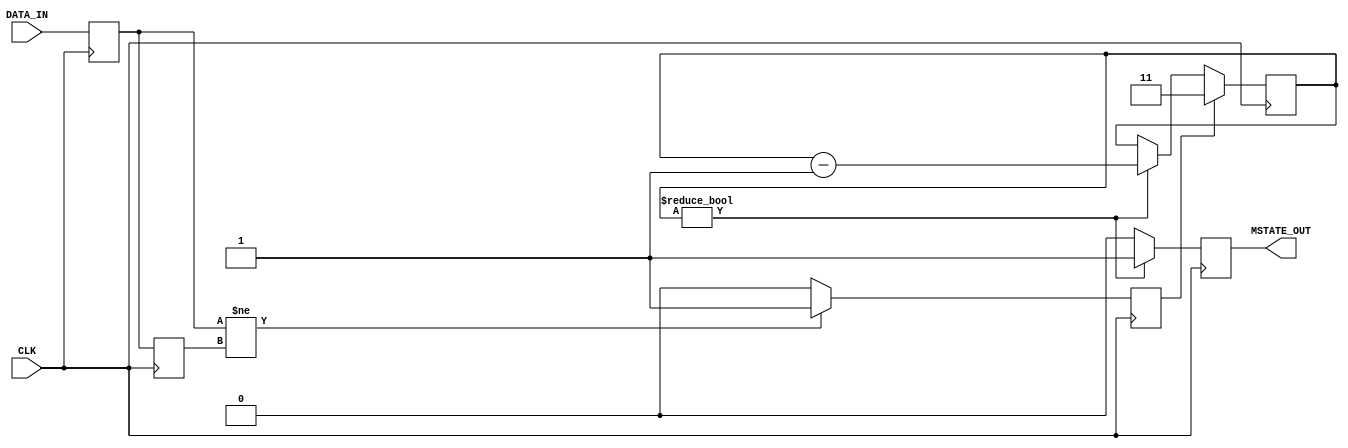
module metastability_detector (
    input wire DATA_IN,       // Input signal from asynchronous source
    input wire CLK,           // Synchronous clock
    output reg MSTATE_OUT     // Metastability indicator output
);

    // Internal signals
    reg FF1_Q;               // Output of the first flip-flop
    reg FF2_Q;               // Output of the second flip-flop
    reg pulse;               // Pulse signal for metastability detection

    // Parameters for pulse width (adjustable)
    parameter PULSE_WIDTH = 2; // Number of clock cycles for pulse width

    // Flip-flops for sampling the DATA_IN signal
    always @(posedge CLK) begin
        FF1_Q <= DATA_IN;     // Sample DATA_IN
        FF2_Q <= FF1_Q;       // Sample FF1_Q
    end

    // Pulse generation logic
    always @(posedge CLK) begin
        if (FF1_Q != FF2_Q) begin
            pulse <= 1'b1;     // Generate pulse if FF1_Q and FF2_Q differ
        end else begin
            pulse <= 1'b0;     // Clear pulse if they are the same
        end
    end

    // Metastability indicator logic
    reg [PULSE_WIDTH-1:0] pulse_counter; // Counter for pulse width

    always @(posedge CLK) begin
        if (pulse) begin
            pulse_counter <= {PULSE_WIDTH{1'b1}}; // Load counter when pulse is high
        end else if (pulse_counter != 0) begin
            pulse_counter <= pulse_counter - 1; // Decrement counter
        end
    end

    // Output logic for metastability state
    always @(posedge CLK) begin
        if (pulse_counter != 0) begin
            MSTATE_OUT <= 1'b1; // Set output high during pulse duration
        end else begin
            MSTATE_OUT <= 1'b0; // Set output low otherwise
        end
    end

endmodule